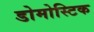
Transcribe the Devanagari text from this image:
डोमोस्टिक